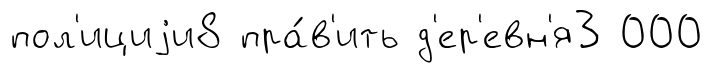
пол'ициjи8 пра́в'ить д'ер'евн'я3 000